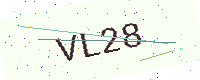
Text: VL28